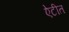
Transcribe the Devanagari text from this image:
ऐटीत